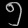
Digit: ၅